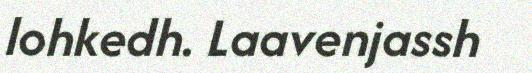
lohkedh. Laavenjassh